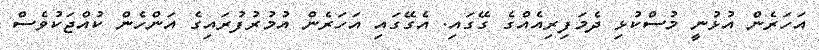
އަހަރެން އުޅުނީ މުސްކުޅި ދެމަފިރިއެއްގެ ގޭގައި. އެގޭގައި އަހަރެން އުމުރުފުރައިގެ އަންހެން ކުއްޖަކުވެސް